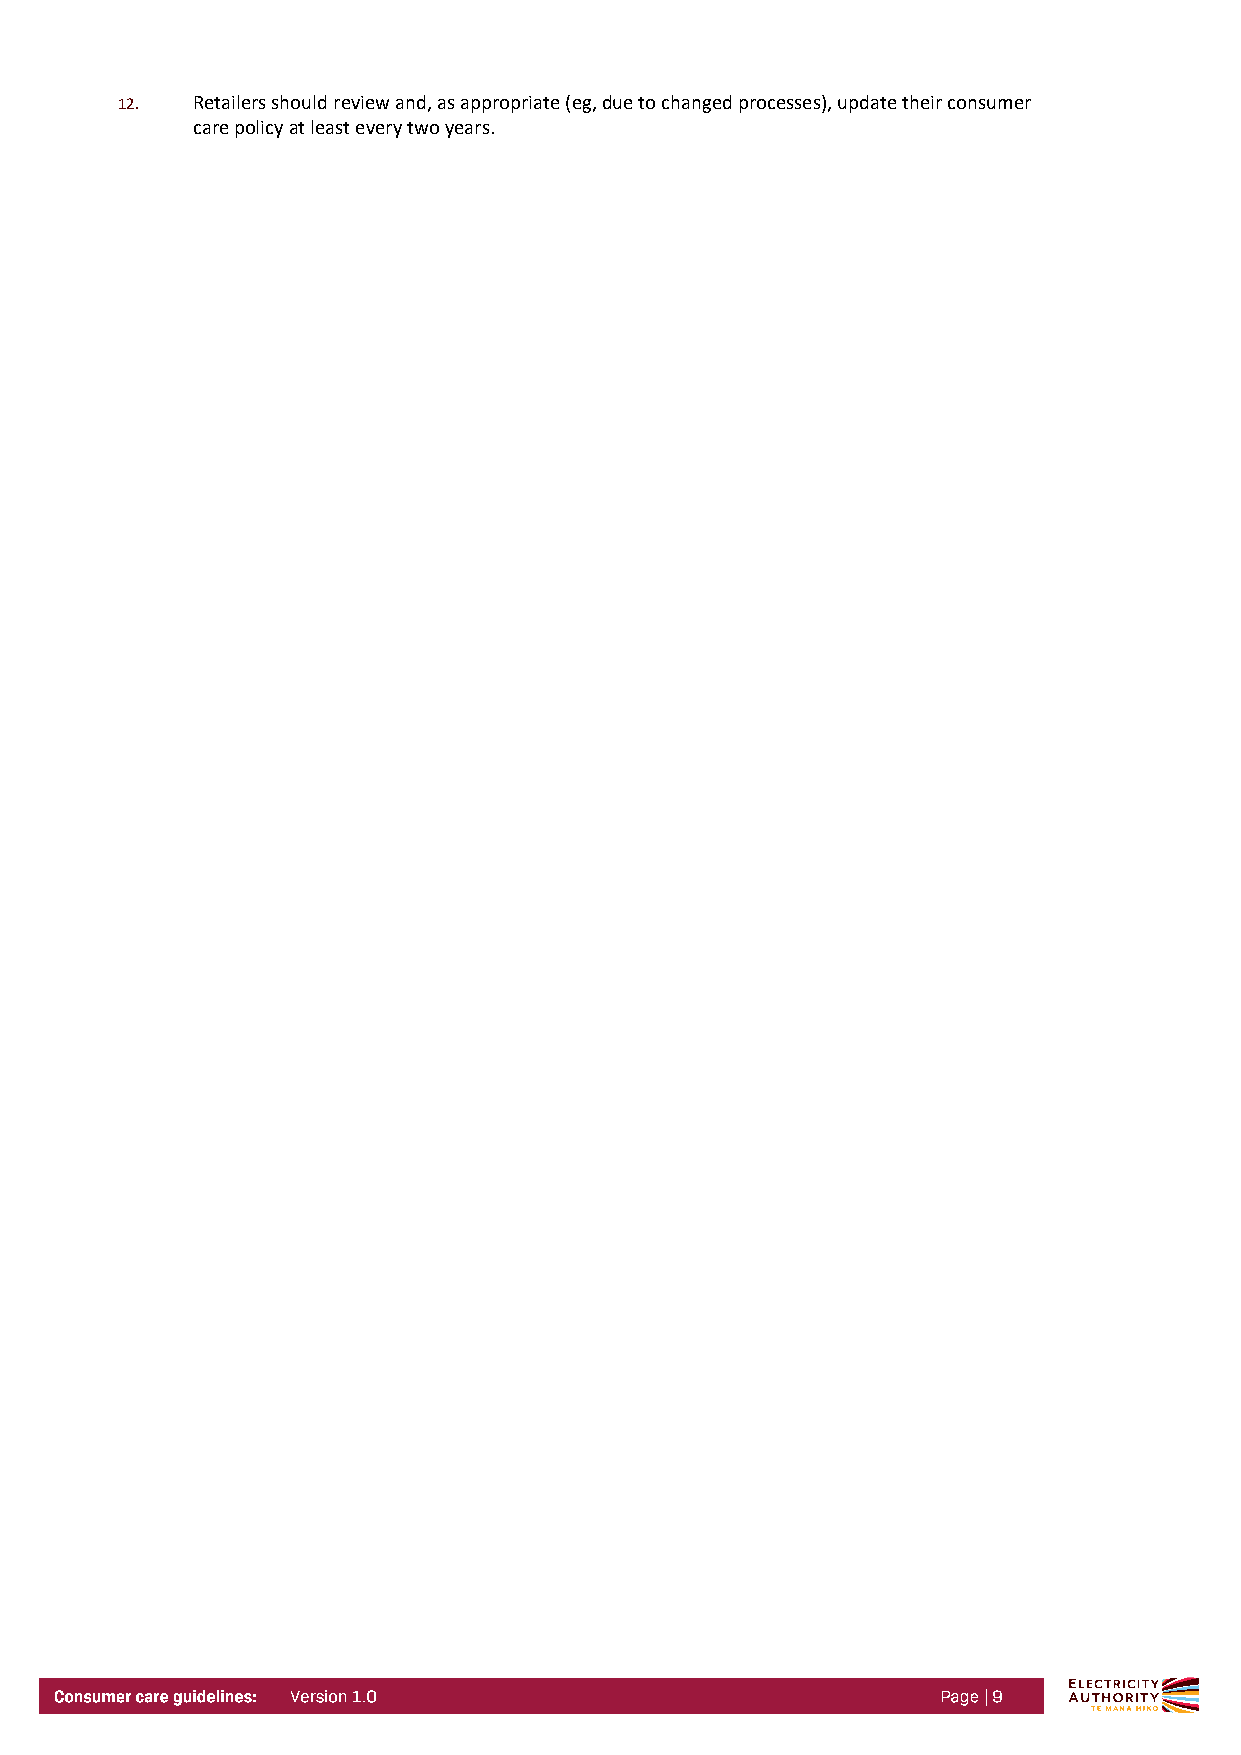
12.  Retailers should review and, as appropriate (eg, due to changed processes), update their consumer
 care policy at least every two years.